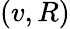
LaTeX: (v,R)